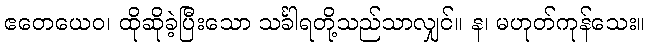
ဧတေယေဝ၊ ထိုဆိုခဲ့ပြီးသော သင်္ခါရတို့သည်သာလျှင်။ န၊ မဟုတ်ကုန်သေး။